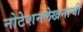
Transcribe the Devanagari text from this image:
नोटेशनलेखनाची